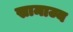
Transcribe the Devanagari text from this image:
स्रामाज्य